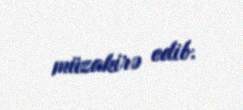
müzakirə edib.